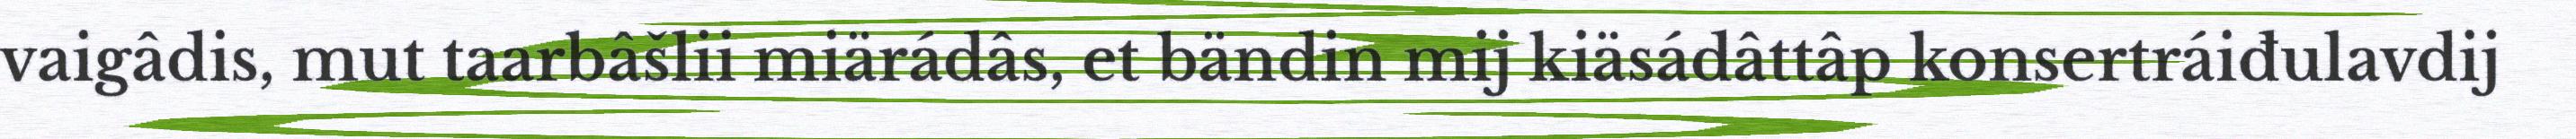
vaigâdis, mut taarbâšlii miärádâs, et bändin mij kiäsádâttâp konsertráiđulavdij